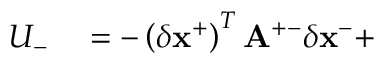
\begin{array} { r l } { U _ { - } } & { { } = - \left( \delta \mathbf { x } ^ { + } \right) ^ { T } \mathbf { A } ^ { + - } \delta \mathbf { x } ^ { - } + } \end{array}